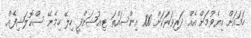
ހަމައަށް ކިޔެވުމަށް އެއް ދަރިވަރަކަށް 100 އިންސައްތަ ޓިއުޝަންފީ ހިލޭ ހިމެނޭ ސްކޮލަޝިފެއް